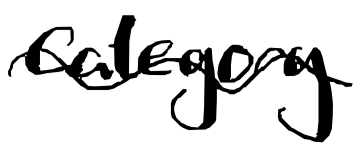
Text: category
Cross-out: wave
Writing tool: digital_black